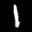
Label: 1